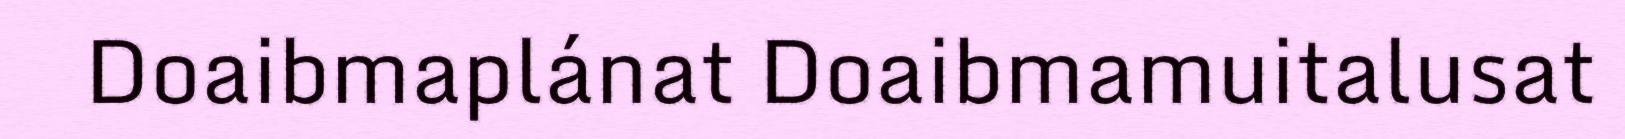
Doaibmaplánat Doaibmamuitalusat